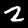
Label: 2